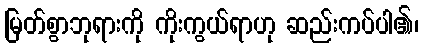
မြတ်စွာဘုရားကို ကိုးကွယ်ရာဟု ဆည်းကပ်ပါ၏၊